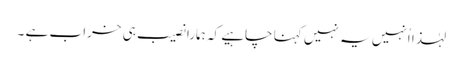
لہٰذا اُنہیں یہ نہیں کہنا چاہیے کہ ہمارا نصیب ہی خراب ہے ۔